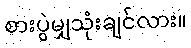
စားပွဲမျှသုံးချင်လား။